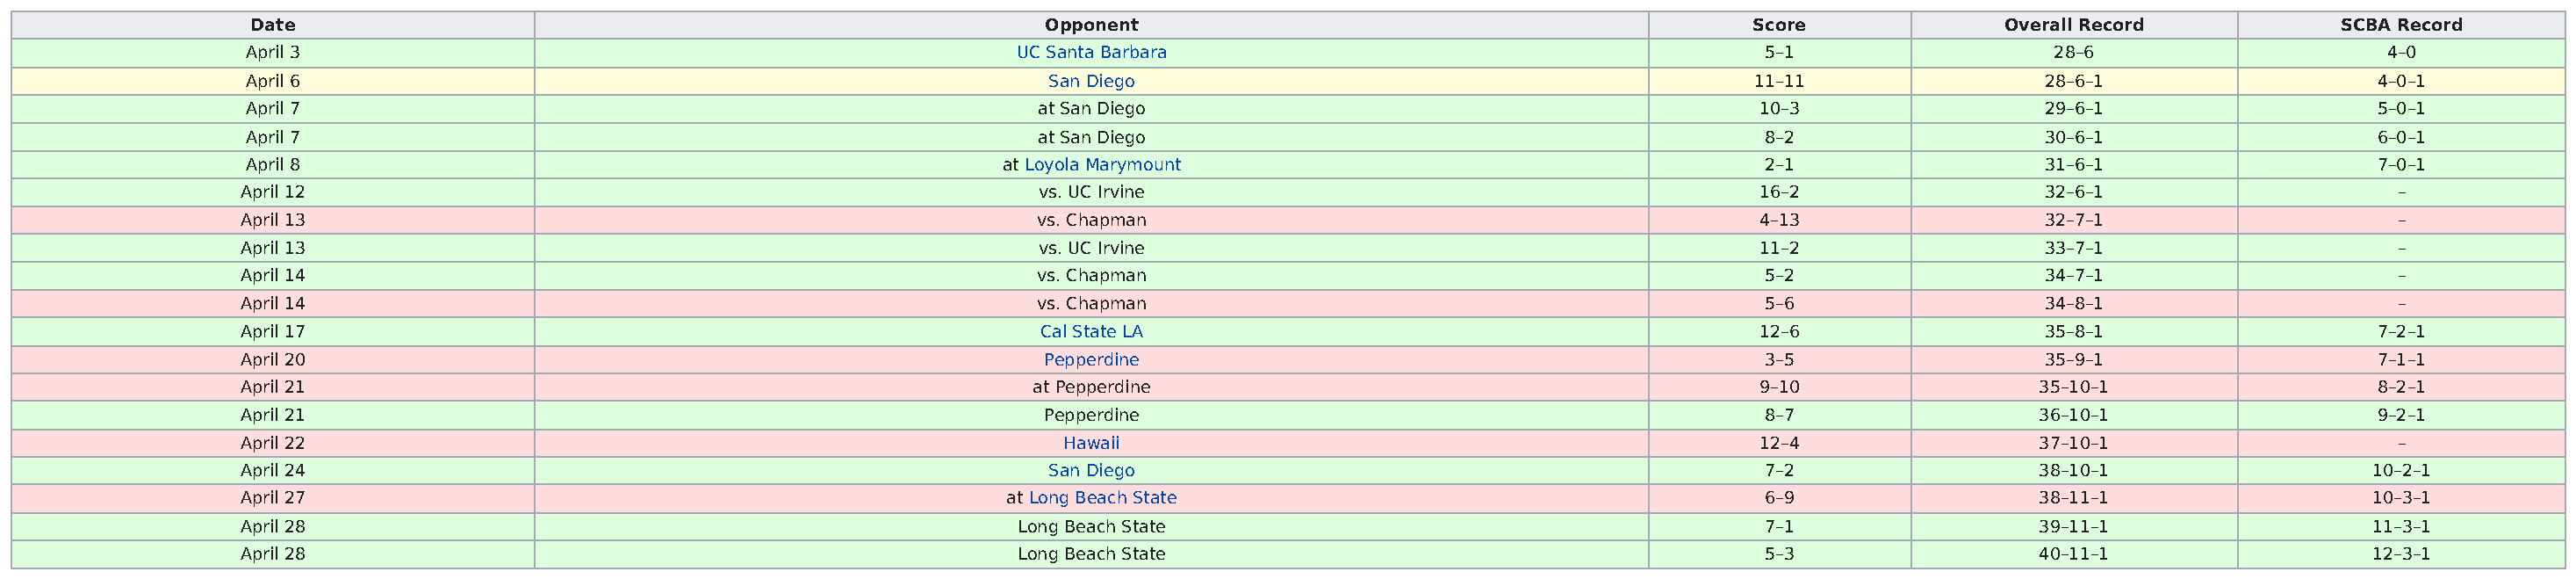
Date                                                        Opponent                                             Score              Overall Record           SCBA Record
 April 3                                                   UC Santa Barbara                                        5–1                   28–6                     4–0
 April 6                                                     San Diego                                            11–11                 28–6–1                   4–0–1
 April 7                                                    at San Diego                                           10–3                 29–6–1                   5–0–1
 April 7                                                    at San Diego                                           8–2                  30–6–1                   6–0–1
 April 8                                                  at Loyola Marymount                                      2–1                  31–6–1                   7–0–1
 April 12                                                    vs. UC Irvine                                          16–2                 32–6–1                     –
 April 13                                                    vs. Chapman                                            4–13                 32–7–1                     –
 April 13                                                    vs. UC Irvine                                          11–2                 33–7–1                     –
 April 14                                                    vs. Chapman                                            5–2                  34–7–1                     –
 April 14                                                    vs. Chapman                                            5–6                  34–8–1                     –
 April 17                                                    Cal State LA                                           12–6                 35–8–1                   7–2–1
 April 20                                                     Pepperdine                                            3–5                  35–9–1                   7–1–1
 April 21                                                    at Pepperdine                                          9–10                 35–10–1                  8–2–1
 April 21                                                     Pepperdine                                            8–7                  36–10–1                  9–2–1
 April 22                                                      Hawaii                                               12–4                 37–10–1                    –
 April 24                                                     San Diego                                             7–2                  38–10–1                  10–2–1
 April 27                                                  at Long Beach State                                      6–9                  38–11–1                  10–3–1
 April 28                                                   Long Beach State                                        7–1                  39–11–1                  11–3–1
 April 28                                                   Long Beach State                                        5–3                  40–11–1                  12–3–1